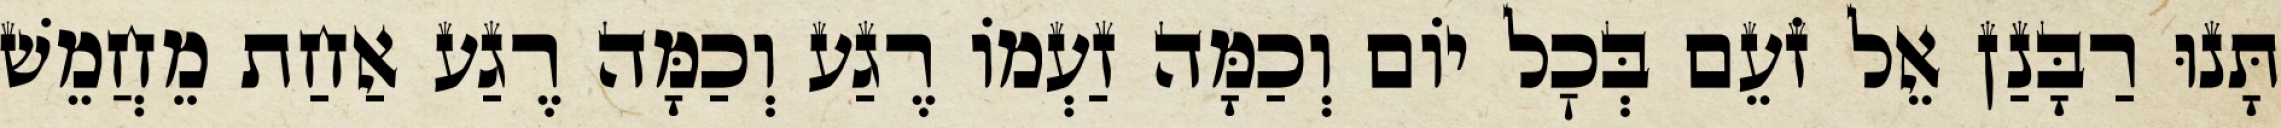
תָּנוּ רַבָּנַן אֵל זֹעֵם בְּכׇל יוֹם וְכַמָּה זַעְמוֹ רֶגַע וְכַמָּה רֶגַע אַחַת מֵחֲמֵשׁ